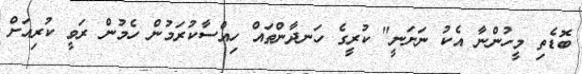
ބޮޑެތި މީހުންނާ އެކު ނަށަނީ" ކުރީގެ ހަނދާންތައް ހިއްސާކުރަމުން ހެމުން ރަވީ ކުރިއަށް